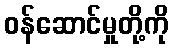
ဝန်ဆောင်မှုတို့ကို